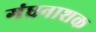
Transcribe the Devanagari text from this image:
गंधनाशक